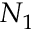
N _ { 1 }